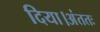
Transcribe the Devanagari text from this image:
दिया।अंततः